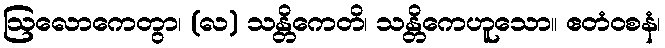
ဩလောကေတွာ၊ (လ) သန္တိကေတိ၊ သန္တိကေဟူသော။ ဧတံဝစနံ၊